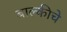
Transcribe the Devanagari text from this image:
बाल्कीचे